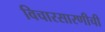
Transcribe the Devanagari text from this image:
विचारसारणीची